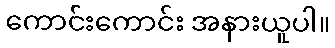
ကောင်းကောင်း အနားယူပါ။